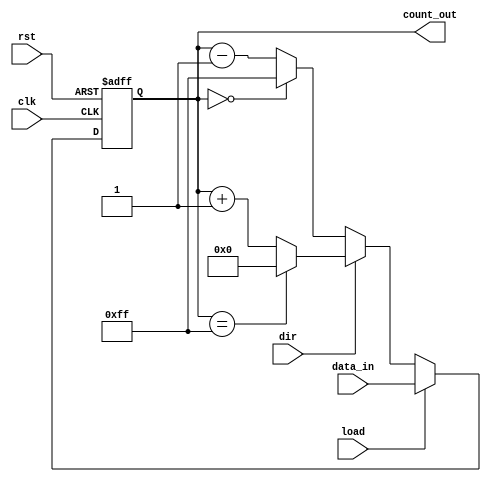
module loadable_counter #(
    parameter N = 8 // Bit width of the counter
)(
    input wire clk,               // Clock input
    input wire rst,               // Asynchronous reset
    input wire load,              // Load signal
    input wire dir,               // Direction signal (1 for up, 0 for down)
    input wire [N-1:0] data_in,   // Data input for loading
    output reg [N-1:0] count_out   // Count output
);

    // Define maximum value for N-bit counter
    localparam MAX_COUNT = (1 << N) - 1;

    // Asynchronous reset and synchronous operations
    always @(posedge clk or posedge rst) begin
        if (rst) begin
            count_out <= 0; // Reset the counter to 0
        end else if (load) begin
            count_out <= data_in; // Load the preset value
        end else begin
            if (dir) begin
                // Count up
                if (count_out == MAX_COUNT) begin
                    count_out <= 0; // Wrap around to 0
                end else begin
                    count_out <= count_out + 1; // Increment
                end
            end else begin
                // Count down
                if (count_out == 0) begin
                    count_out <= MAX_COUNT; // Wrap around to MAX_COUNT
                end else begin
                    count_out <= count_out - 1; // Decrement
                end
            end
        end
    end

endmodule